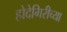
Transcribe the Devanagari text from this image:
होदेगिरीच्या